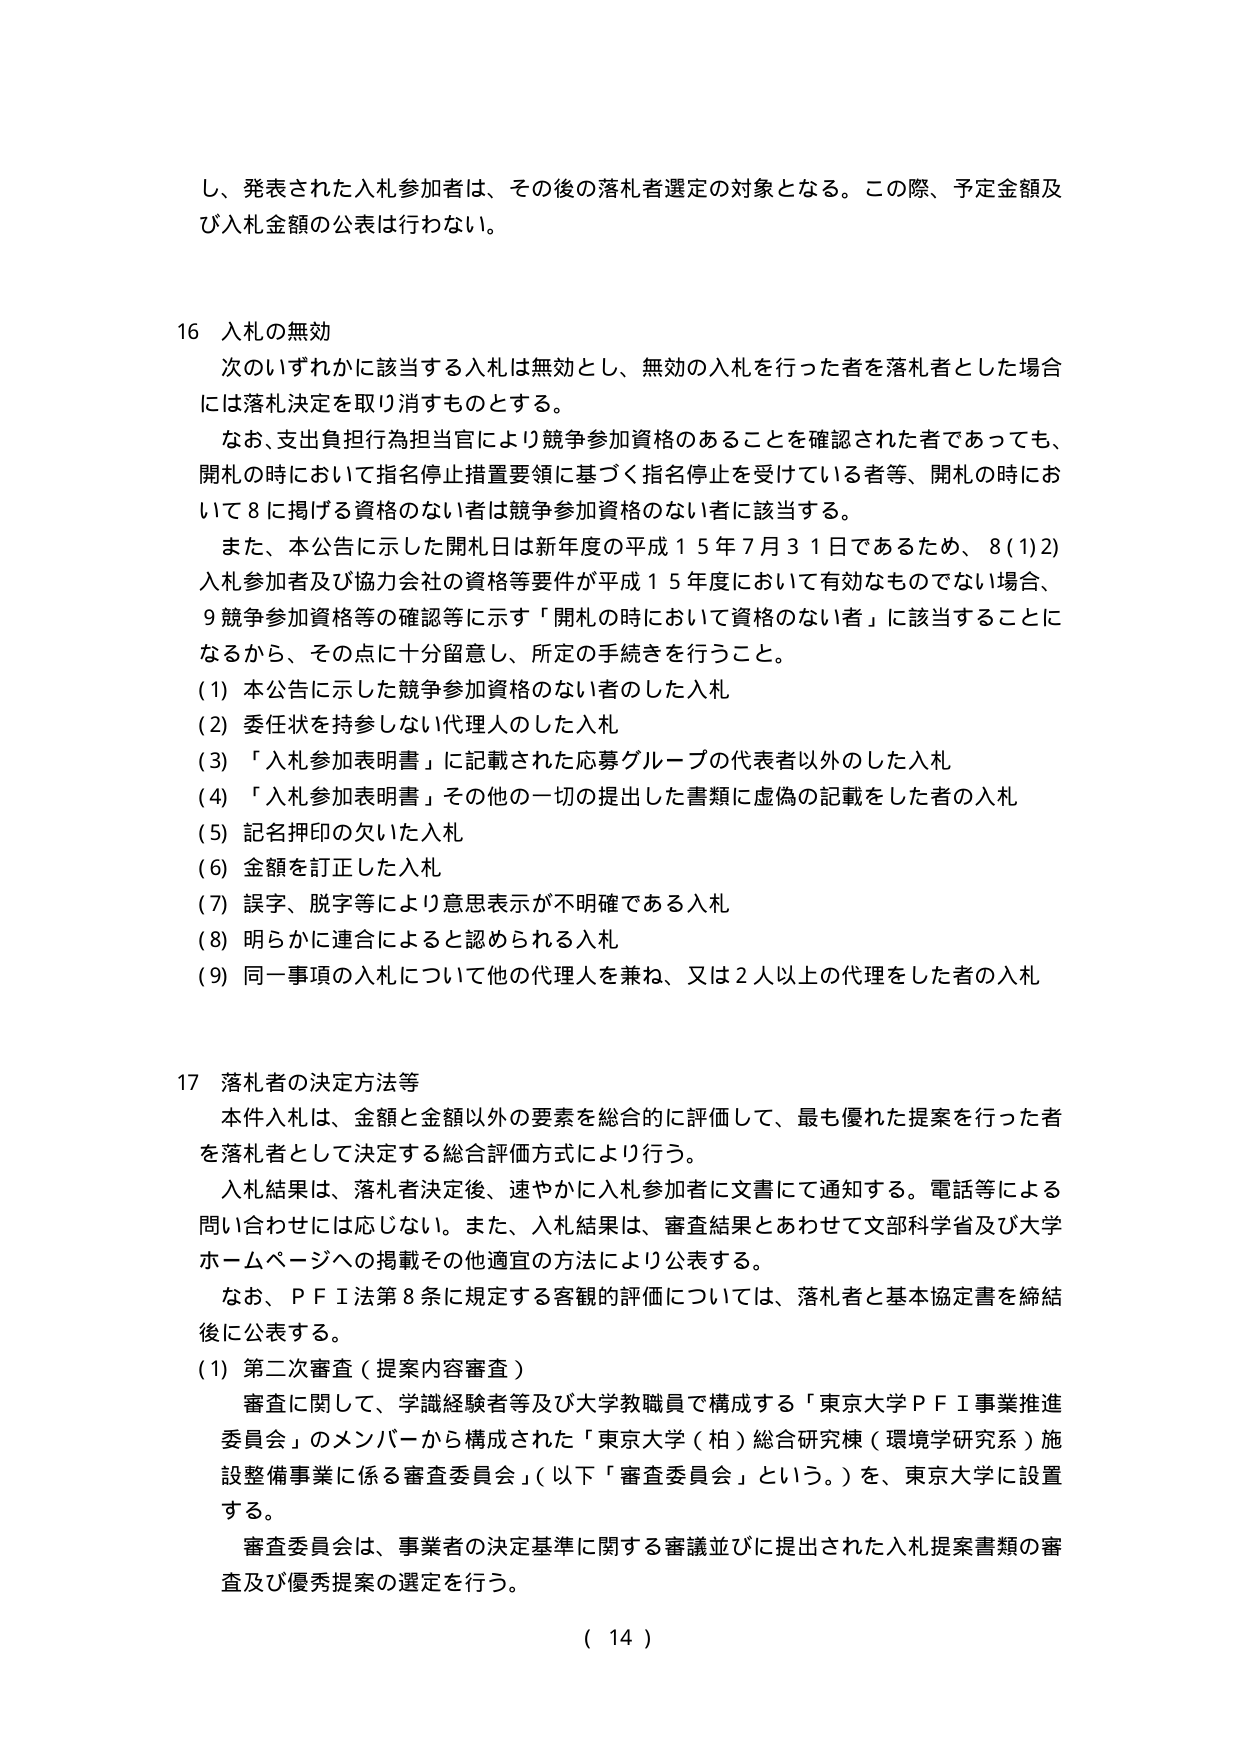
し、発表された入札参加者は、その後の落札者選定の対象となる。この際、予定金額及び入札金額の公表は行わない。

16 入札の無効
次のいずれかに該当する入札は無効とし、無効の入札を行った者を落札者とした場合には落札決定を取り消すものとする。
なお、支出負担行為担当官により競争参加資格のあることを確認された者であっても、開札の時において指名停止措置要領に基づく指名停止を受けている者等、開札の時において8に掲げる資格のない者は競争参加資格のない者に該当する。
また、本公告に示した開札日は新年度の平成15年7月31日であるため、8(1)2)入札参加者及び協力会社の資格等要件が平成15年度において有効なものでない場合、9競争参加資格等の確認等に示す「開札の時において資格のない者」に該当することになるから、その点に十分留意し、所定の手続きを行うこと。
(1) 本公告に示した競争参加資格のない者のした入札
(2) 委任状を持参しない代理人のした入札
(3) 「入札参加表明書」に記載された応募グループの代表者以外のした入札
(4) 「入札参加表明書」その他の一切の提出した書類に虚偽の記載をした者の入札
(5) 記名押印の欠いた入札
(6) 金額を訂正した入札
(7) 誤字、脱字等により意思表示が不明確である入札
(8) 明らかに連合によると認められる入札
(9) 同一事項の入札について他の代理人を兼ね、又は2人以上の代理をした者の入札

17 落札者の決定方法等
本件入札は、金額と金額以外の要素を総合的に評価して、最も優れた提案を行った者を落札者として決定する総合評価方式により行う。
入札結果は、落札者決定後、速やかに入札参加者に文書にて通知する。電話等による問い合わせには応じない。また、入札結果は、審査結果とあわせて文部科学省及び大学ホームページへの掲載その他適宜の方法により公表する。
なお、PFI法第8条に規定する客観的評価については、落札者と基本協定書を締結後に公表する。
(1) 第二次審査（提案内容審査）
審査に関して、学識経験者等及び大学教職員で構成する「東京大学PFI事業推進委員会」のメンバーから構成された「東京大学（柏）総合研究棟（環境学研究系）施設整備事業に係る審査委員会」（以下「審査委員会」という。）を、東京大学に設置する。
審査委員会は、事業者の決定基準に関する審議並びに提出された入札提案書類の審査及び優秀提案の選定を行う。

( 14 )